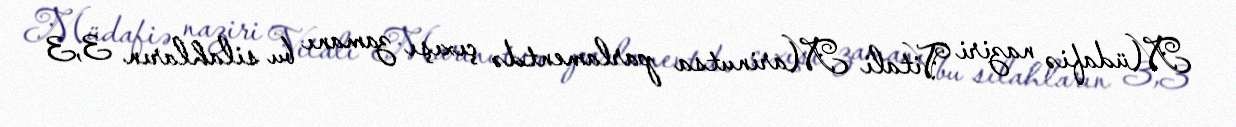
Müdafiə naziri Vitali Marinutsa parlamentdə çıxışı zamanı bu silahların 3,3